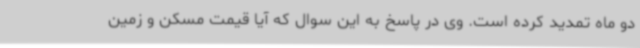
دو ماه تمدید کرده است. وی در پاسخ به این سوال که آیا قیمت مسکن و زمین